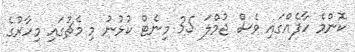
ކޮންމެ ހާފެއްގައި ވެސް ޖުމްލަ 35 މިނެޓް ކުޅުނު މި މެޗުގައި މިހާރުގެ